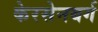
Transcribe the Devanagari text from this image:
केरसेनबर्ग